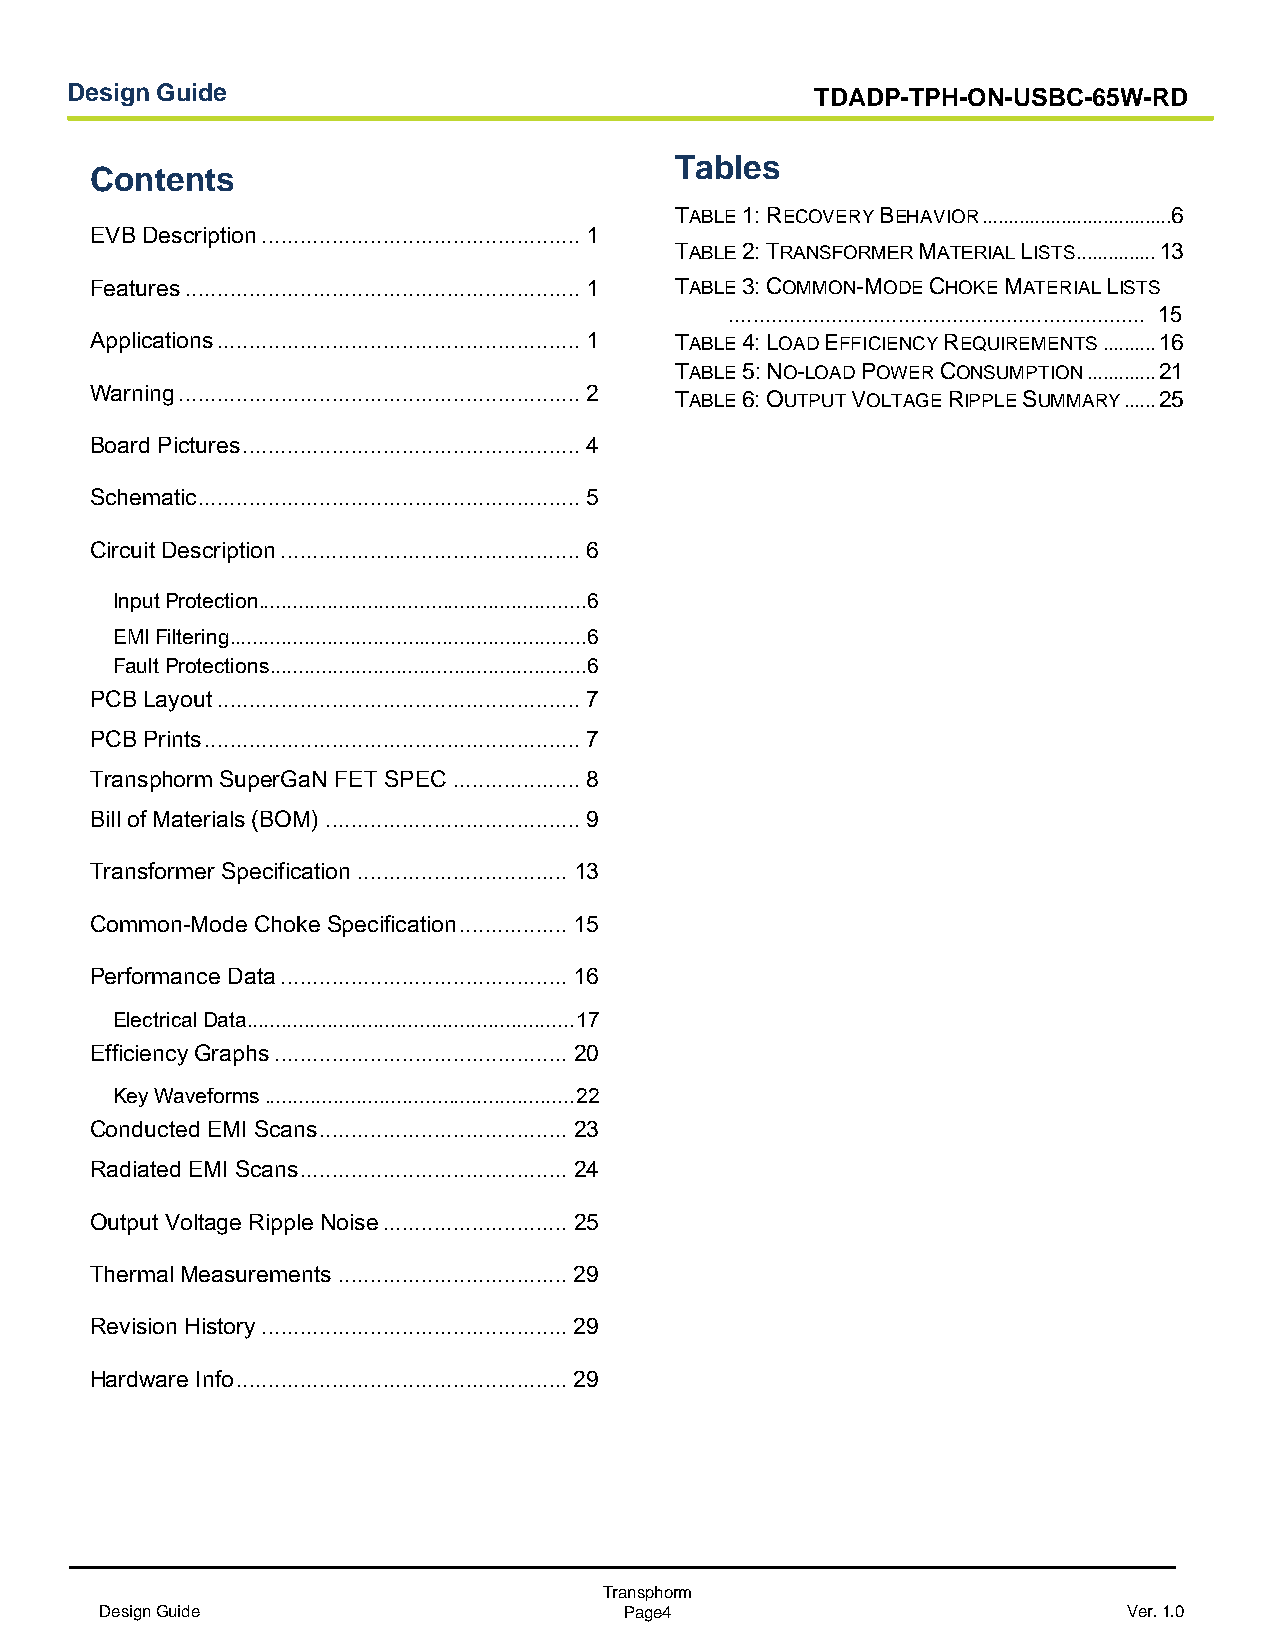
Design Guide                                      TDADP-TPH-ON-USBC-65W-RD
 Tables
 Contents
 TABLE 1: RECOVERY BEHAVIOR .................................... 6
 EVB Description .................................................. 1
 TABLE 2: TRANSFORMER MATERIAL LISTS ............... 13
 Features .............................................................. 1 TABLE 3: COMMON-MODE CHOKE MATERIAL LISTS
 ..................................................................... 15
 Applications ......................................................... 1 TABLE 4: LOAD EFFICIENCY REQUIREMENTS .......... 16
 TABLE 5: NO-LOAD POWER CONSUMPTION ............. 21
 Warning ............................................................... 2
 TABLE 6: OUTPUT VOLTAGE RIPPLE SUMMARY ...... 25
 Board Pictures ..................................................... 4
 Schematic ............................................................ 5
 Circuit Description ............................................... 6
 Input Protection ......................................................... 6
 EMI Filtering .............................................................. 6
 Fault Protections ....................................................... 6
 PCB Layout ......................................................... 7
 PCB Prints ........................................................... 7
 Transphorm SuperGaN FET SPEC .................... 8
 Bill of Materials (BOM) ........................................ 9
 Transformer Specification ................................. 13
 Common-Mode Choke Specification ................. 15
 Performance Data ............................................. 16
 Electrical Data ......................................................... 17
 Efficiency Graphs .............................................. 20
 Key Waveforms ...................................................... 22
 Conducted EMI Scans ....................................... 23
 Radiated EMI Scans .......................................... 24
 Output Voltage Ripple Noise ............................. 25
 Thermal Measurements .................................... 29
 Revision History ................................................ 29
 Hardware Info .................................................... 29
 Transphorm
 Design Guide                      Page4                             Ver. 1.0